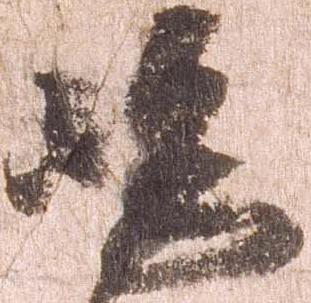
嶋